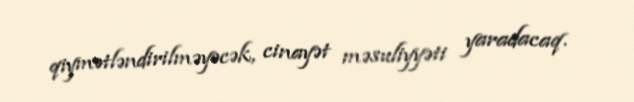
qiymətləndirilməyəcək, cinayət məsuliyyəti yaradacaq.